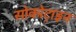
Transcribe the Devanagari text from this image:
सोकोट्राइन